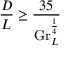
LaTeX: { \frac { D } { L } } \geq { \frac { 3 5 } { \mathrm { G r } _ { L } ^ { \frac { 1 } { 4 } } } }